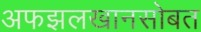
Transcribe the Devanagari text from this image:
अफझलखानसोबत